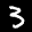
Label: 3